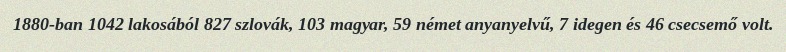
1880-ban 1042 lakosából 827 szlovák, 103 magyar, 59 német anyanyelvű, 7 idegen és 46 csecsemő volt.